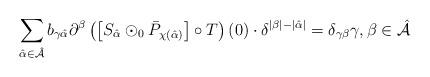
LaTeX: \begin{align*}\sum_{\hat{\alpha}\in \hat{\mathcal{A}}}b_{\gamma \hat{\alpha}}\partial^{\beta }\left( \left[ S_{\hat{\alpha}}\odot _{0}\bar{P}_{\chi \left( \hat{\alpha}\right) }\right] \circ T\right) \left( 0\right) \cdot \delta^{\left\vert \beta \right\vert -\left\vert \hat{\alpha}\right\vert }=\delta_{\gamma \beta }\gamma ,\beta \in \hat{\mathcal{A}} \end{align*}